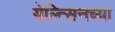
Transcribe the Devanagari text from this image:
येल्त्सिनच्या